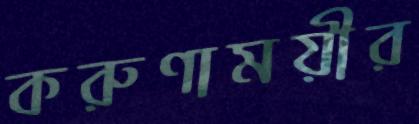
করুণাময়ীর